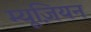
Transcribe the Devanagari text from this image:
म्यूज़ियन